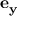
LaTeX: \mathbf { e _ { y } }